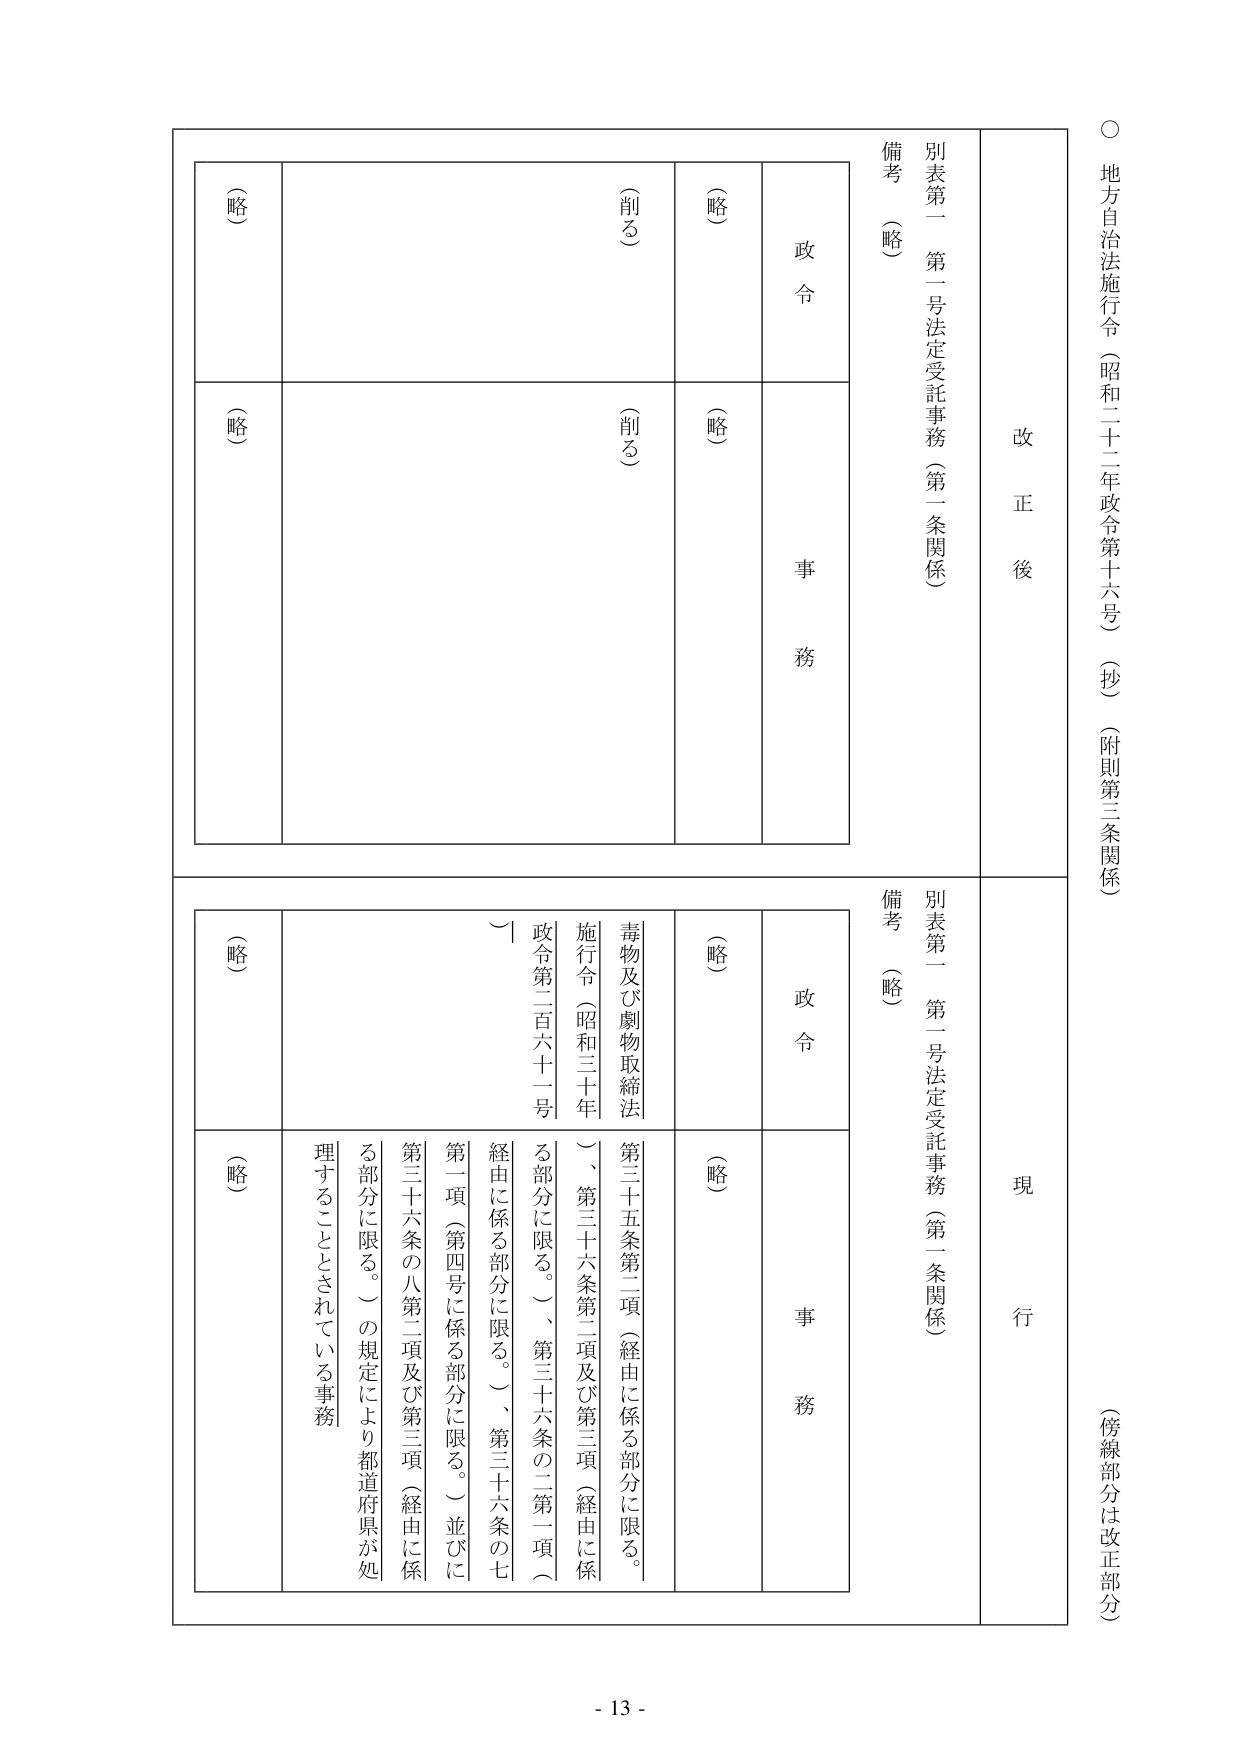
○ 地方自治法施行令（昭和二十二年政令第十六号）（抄）（附則第三条関係）
（傍線部分は改正部分）

改正後
別表第一 第一号法定受託事務（第一条関係）
備考（略）
政令
（略）
（削る）
事務
（略）
（略）

現行
別表第一 第一号法定受託事務（第一条関係）
備考（略）
政令
（略）
毒物及び劇物取締法
施行令（昭和三十年政令第二百六十一号）
第三十五条第二項（経由に係る部分に限る。）、第三十六条第二項及び第三項（経由に係る部分に限る。）、第三十六条の二第一項（経由に係る部分に限る。）、第三十六条の七第一項（第四号に係る部分に限る。）並びに第三十六条の八第二項及び第三項（経由に係る部分に限る。）の規定により都道府県が処理することとされている事務
事務
（略）
（略）

- 13 -